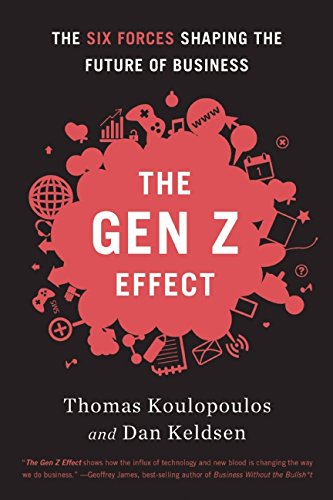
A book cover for The Gen Z Effect: The Six Forces Shaping the Future of Business; Tom Koulopoulos; Business & Money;